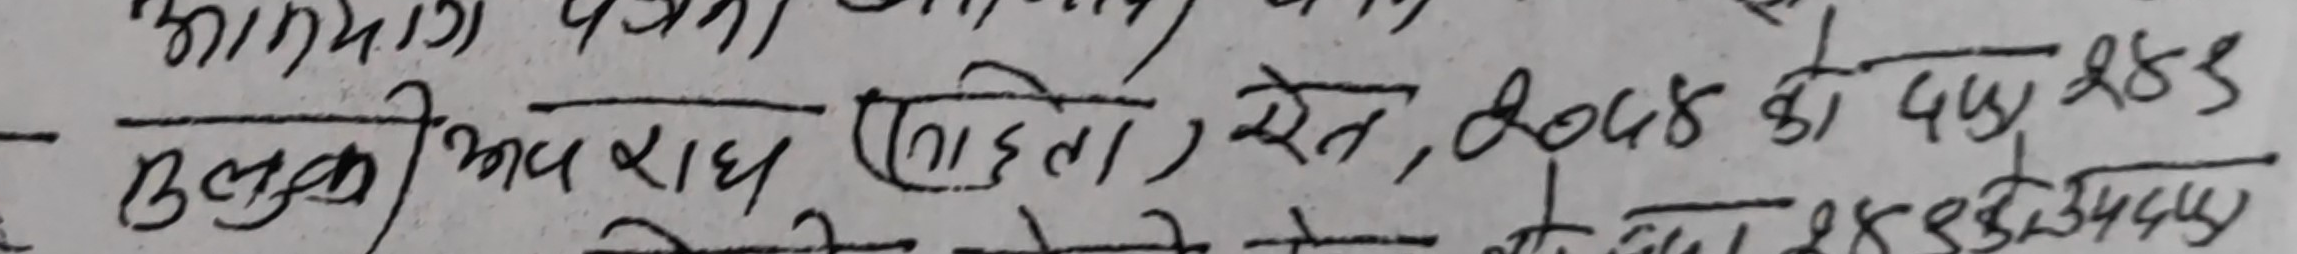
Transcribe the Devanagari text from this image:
तुलुकी भमर राध (लुहिता), खेत, 8048 को ५५/२४३